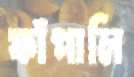
ফাঁপালি